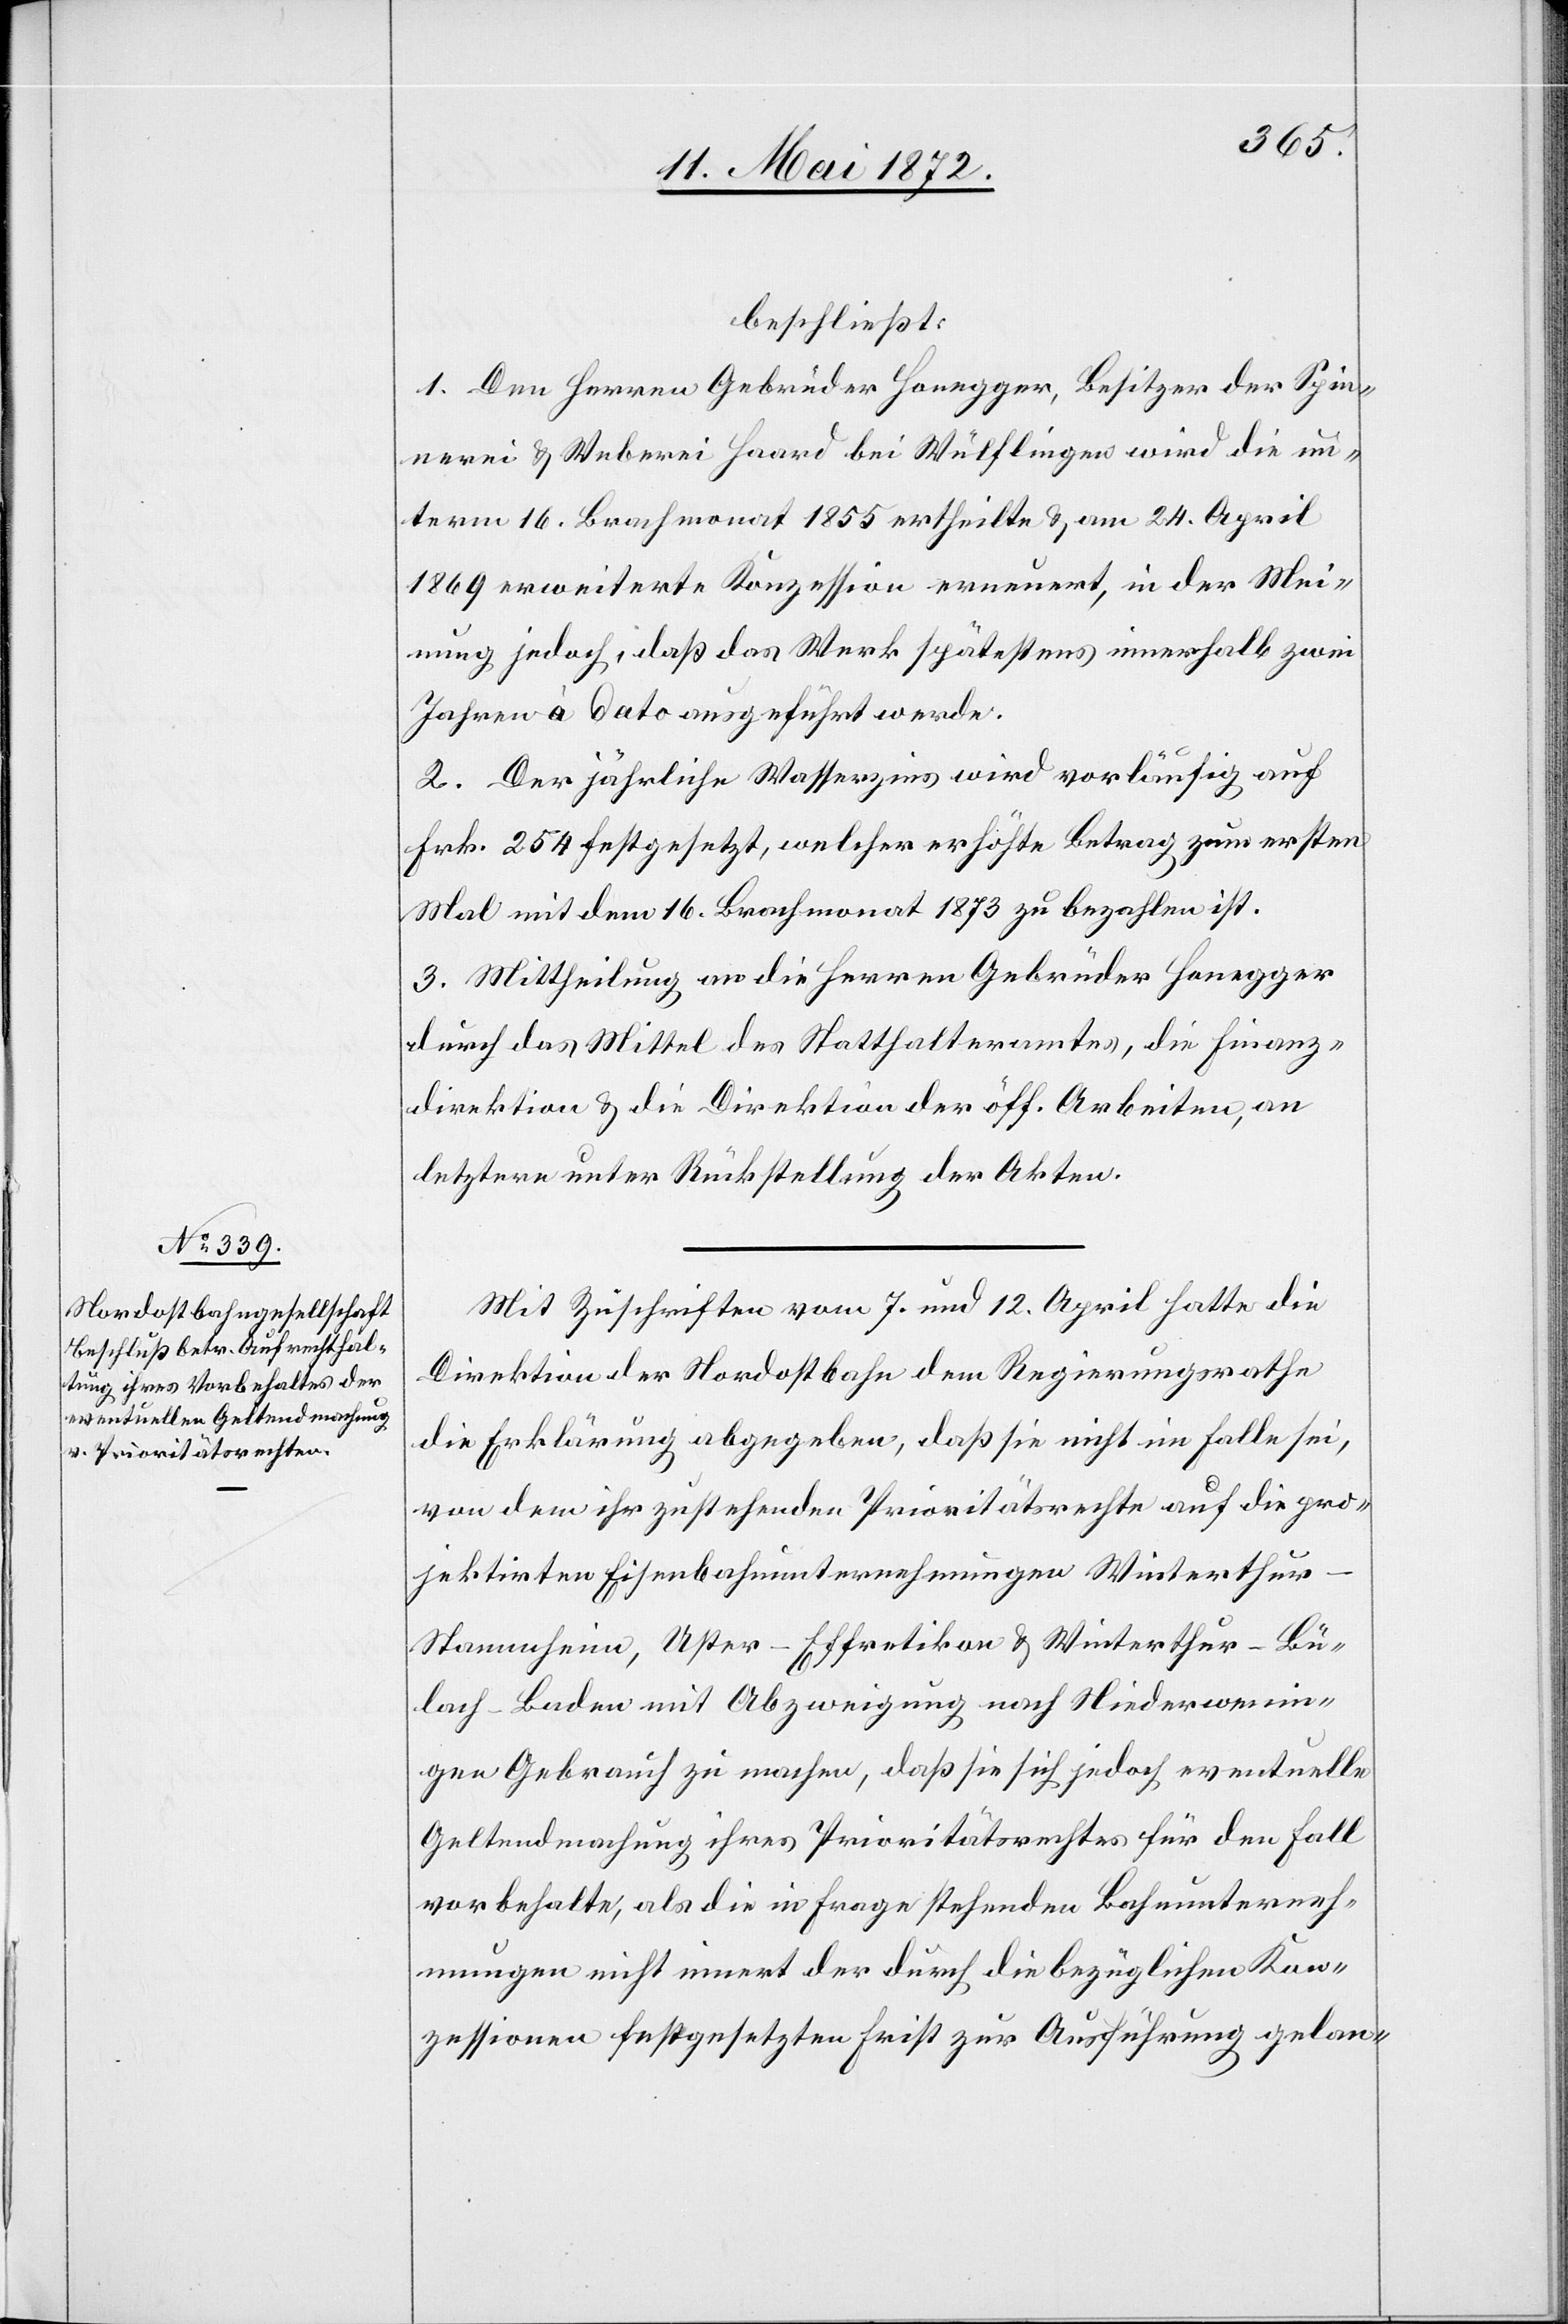
beschließt:
1. Den Herren Gebrüder Honegger, Besitzer der Spin¬
nerei u. Weberei Haard bei Wülflingen wird die un¬
term 16. Brachmonat 1855 ertheilte u. am 24. April
1869 erweiterte Konzession erneuert, in der Mei¬
nung jedoch, daß das Werk spätestens innerhalb zwei
Jahren à Dato ausgeführt werde.
2. Der jährliche Wasserzins wird vorläufig auf
Frk. 254 festgesetzt, welcher erhöhte Betrag zum ersten
Mal mit dem 16. Brachmonat 1873 zu bezahlen ist.
3. Mittheilung an die Herren Gebrüder Honegger
durch das Mittel des Statthalteramtes, die Finanz¬
direktion u. die Direktion der öff. Arbeiten, an
letztere unter Rückstellung der Akten.
Mit Zuschriften vom 7. und 12. April hatte die
Direktion der Nordostbahn dem Regierungsrathe
die Erklärung abgegeben, daß sie nicht im Falle sei,
von dem ihr zustehenden Prioritätsrechte auf die pro¬
jektirten Eisenbahnunternehmungen Winterthu¬
r–Stammheim, Uster–Effretikon u. Winterthur–Bü¬
lach–Baden mit Abzweigung nach Niederwenin¬
gen Gebrauch zu machen, daß sie sich jedoch eventuelle
Geltendmachung ihres Prioritätsrechtes für den Fall
vorbehalte, als die in Frage stehenden Bahnunterneh¬
mungen nicht innert der durch die bezüglichen Kon¬
zessionen festgesetzten Frist zu Ausführung gelan-